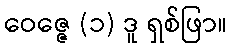
ဝေဇ္ဇေ (၁) ဒူ ရှစ်ဖြာ။